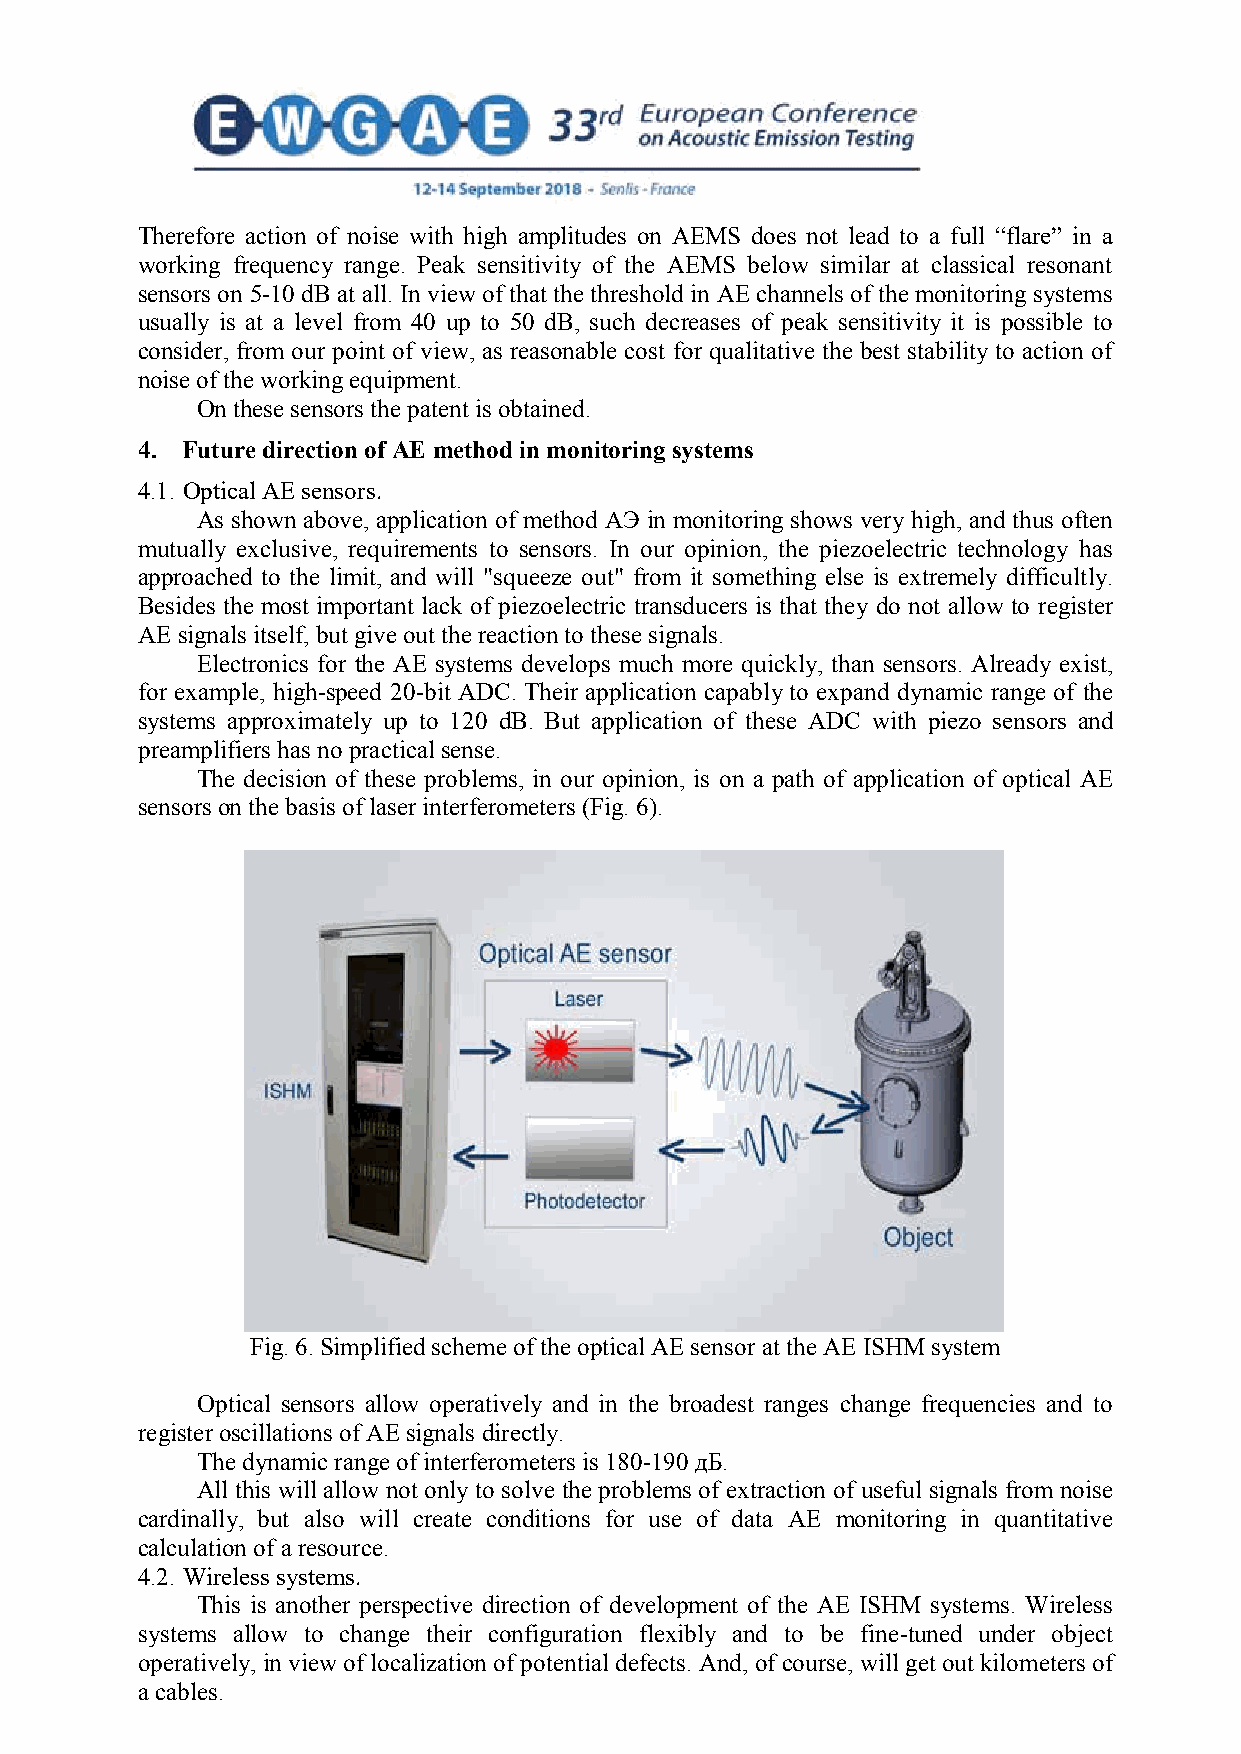
Therefore action of noise with high amplitudes on AEMS does not lead to a full “flare” in a
 working frequency range. Peak sensitivity of the AEMS below similar at classical resonant
 sensors on 5-10 dB at all. In view of that the threshold in AE channels of the monitoring systems
 usually is at a level from 40 up to 50 dB, such decreases of peak sensitivity it is possible to
 consider, from our point of view, as reasonable cost for qualitative the best stability to action of
 noise of the working equipment.
 On these sensors the patent is obtained.
 4. Future direction of АЕ method in monitoring systems
 4.1. Optical AE sensors.
 As shown above, application of method АЭ in monitoring shows very high, and thus often
 mutually exclusive, requirements to sensors. In our opinion, the piezoelectric technology has
 approached to the limit, and will "squeeze out" from it something else is extremely difficultly.
 Besides the most important lack of piezoelectric transducers is that they do not allow to register
 AE signals itself, but give out the reaction to these signals.
 Electronics for the AE systems develops much more quickly, than sensors. Already exist,
 for example, high-speed 20-bit ADC. Their application capably to expand dynamic range of the
 systems approximately up to 120 dB. But application of these ADC with piezo sensors and
 preamplifiers has no practical sense.
 The decision of these problems, in our opinion, is on a path of application of optical AE
 sensors on the basis of laser interferometers (Fig. 6).
 Fig. 6. Simplified scheme of the optical AE sensor at the AE ISHM system
 Optical sensors allow operatively and in the broadest ranges change frequencies and to
 register oscillations of AE signals directly.
 The dynamic range of interferometers is 180-190 дБ.
 All this will allow not only to solve the problems of extraction of useful signals from noise
 cardinally, but also will create conditions for use of data AE monitoring in quantitative
 calculation of a resource.
 4.2. Wireless systems.
 This is another perspective direction of development of the AE ISHM systems. Wireless
 systems allow to change their configuration flexibly and to be fine-tuned under object
 operatively, in view of localization of potential defects. And, of course, will get out kilometers of
 a cables.